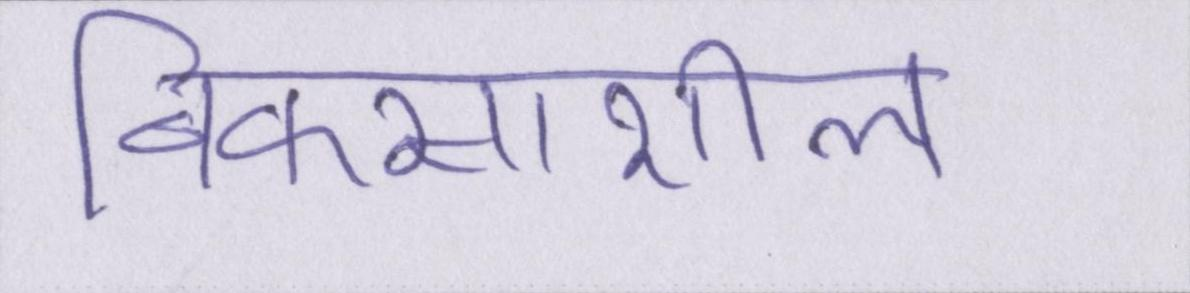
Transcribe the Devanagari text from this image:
विकसाशील